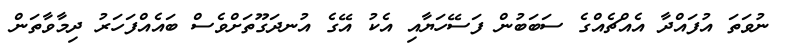
ނުވަތަ އުފައްދާ އެއްޗެއްގެ ސަބަބުން ފަސޭހަޔާއި އެކު އޭގެ އުނދަގޫތަށްވެސް ބައެއްފަހަރު ދިމާވާތަން